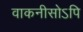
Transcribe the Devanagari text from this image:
वाकनीसोऽपि